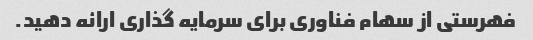
فهرستی از سهام فناوری برای سرمایه گذاری ارائه دهید.